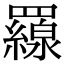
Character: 𦌶